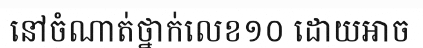
នៅចំណាត់ថ្នាក់លេខ១០ ដោយអាច